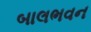
બાલભવન